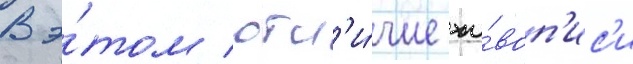
В э́том отл'и́чие жи́воп'ис'и